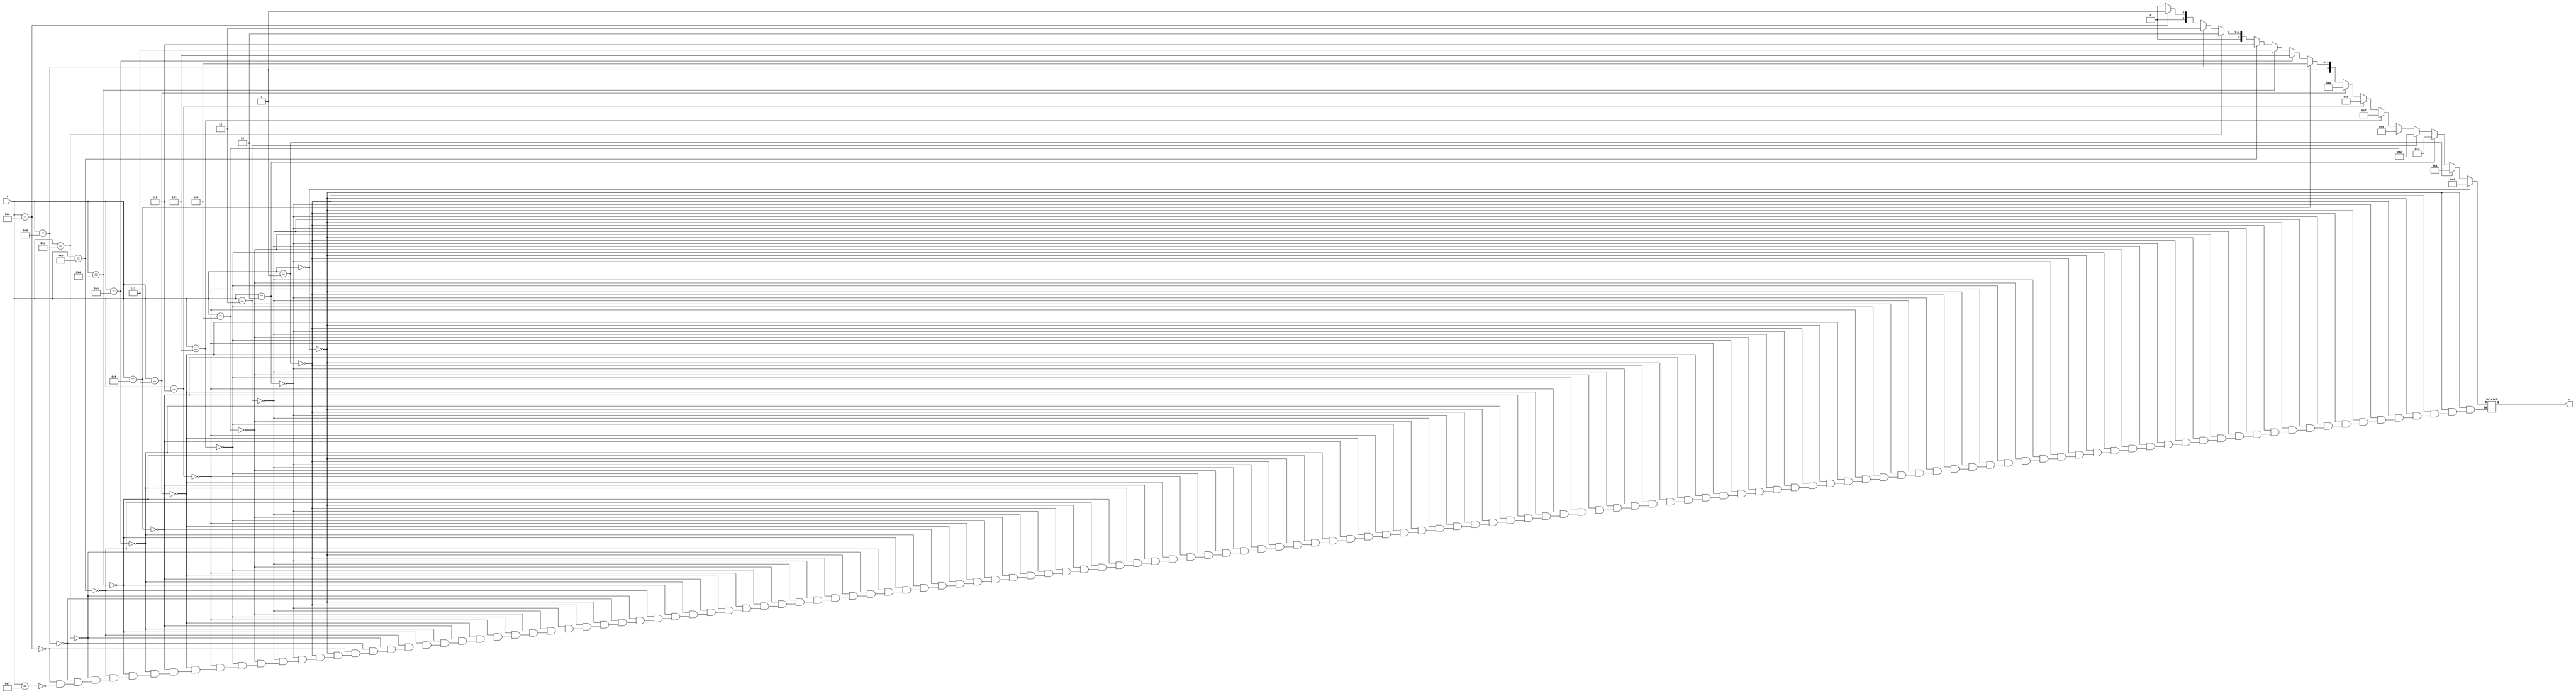
module gray_if (i, o);
  input [3:0] i;
  output [3:0] o;
  reg [3:0] o;


  always @ ( i ) begin
    if ( i == 0) begin
      o = 0;
    end else if (i == 1) begin
      o = 4'b0001;
    end else if (i == 2) begin
      o = 4'b0011;
    end else if (i == 3) begin
      o = 4'b0010;
    end else if (i == 4) begin
      o = 4'b0110;
    end else if (i == 5) begin
      o = 4'b0111;
    end else if (i == 6) begin
      o = 4'b0101;
    end else if (i == 7) begin
      o = 4'b0100;
    end else if (i == 8) begin
      o = 4'b1100;
    end else if (i == 9) begin
      o = 4'b1101;
    end else if (i == 10) begin
      o = 4'b1111;
    end else if (i == 11) begin
      o = 4'b1110;
    end else if (i == 12) begin
      o = 4'b1010;
    end else if (i == 13) begin
      o = 4'b1011;
    end else if (i == 14) begin
      o = 4'b1001;
    end else if (i == 15) begin
      o = 4'b1000;
    end
  end
endmodule // gray_if